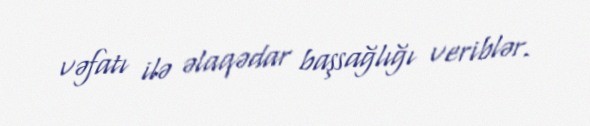
vəfatı ilə əlaqədar başsağlığı veriblər.